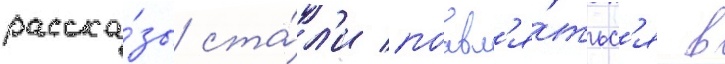
расска́зы ста́л'и поавл'я́тьс'я в